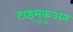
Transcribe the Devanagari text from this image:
टाइमुकुअन